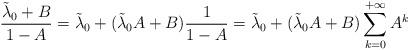
LaTeX: \begin{align*}\frac{\tilde{\lambda}_0 + B}{1-A} = \tilde{\lambda}_0 + (\tilde{\lambda}_0 A + B) \frac{1}{1-A} = \tilde{\lambda}_0 + (\tilde{\lambda}_0 A + B) \sum_{k=0}^{+\infty} A^k\end{align*}